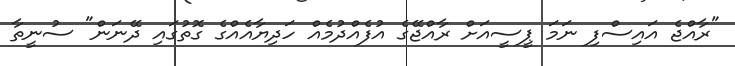
"ރާއްޖެ އައިސްފި ނަމަ ޕީސީއަށް ރާއްޖޭގެ އުފެއްދުމެއް ހަދިޔާއެއްގެ ގޮތުގައި ދޭނަން" ސުނީތާ